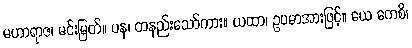
မဟာရာဇ၊ မင်းမြတ်။ ပန၊ တနည်းသော်ကား။ ယထာ၊ ဥပမာအားဖြင့်။ ယေ ကေစိ၊